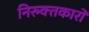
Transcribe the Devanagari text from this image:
निरुक्तकारों